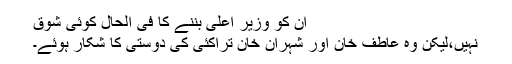
ان کو وزیر اعلی بننے کا فی الحال کوئی شوق
نہیں،لیکن وہ عاطف خان اور شہران خان تراکئی کی دوستی کا شکار ہوئے۔